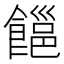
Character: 𩝹